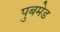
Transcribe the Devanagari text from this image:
पुबमेड